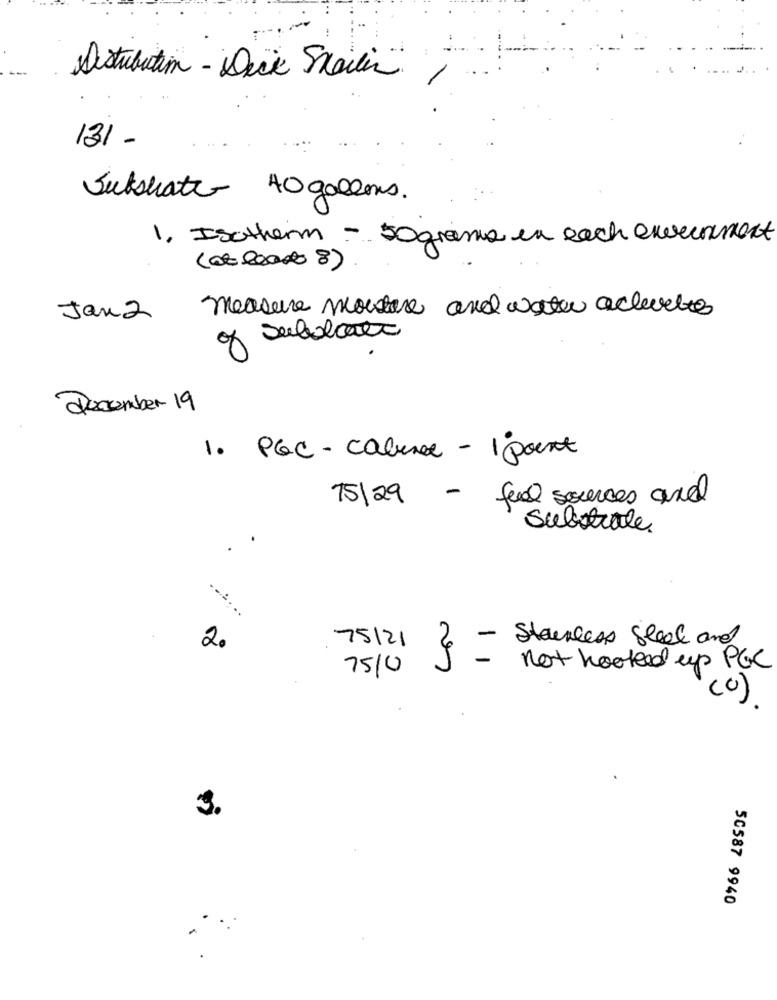
Astubution - Deck Steilen
131 -
Jukshate 40 gallons.
1. Isotherm - 50grams in each evercomment
(at least 8)
measure mouture and water activates
Jan 2
o Subobcea
December 19
1. PGC - cabinet - 1 point
15/29 - fuel sources and
Substrate
.
2.
75121
3 - stainless steel and
75/0
not hooked up PGC
(0)
3.
50587 9940